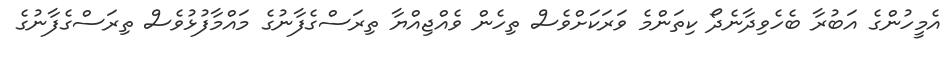
އެމީހުންގެ އަބުރާ ބެހެވިދާނެދޯ ކިތަންމެ ވަރަކަށްވެސް ތިހެން ވެއްޖިއްޔާ ތިރަސްގެފާނުގެ މައްމާފުޅުވެސް ތިރަސްގެފާނުގެ